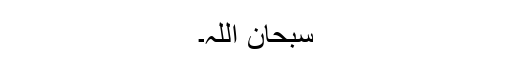
سبحان اللّہ۔